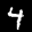
Label: 4